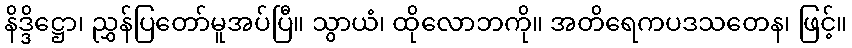
နိဒ္ဒိဋ္ဌော၊ ညွှန်ပြတော်မူအပ်ပြီ။ သွာယံ၊ ထိုလောဘကို။ အတိရေကပဒသတေန၊ ဖြင့်။